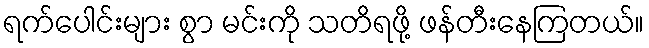
ရက်ပေါင်းများ စွာ မင်းကို သတိရဖို့ ဖန်တီးနေကြတယ်။